Annual statistical returns and brief notes on vaccination in Bengal - 1887-1898
Year: 1887
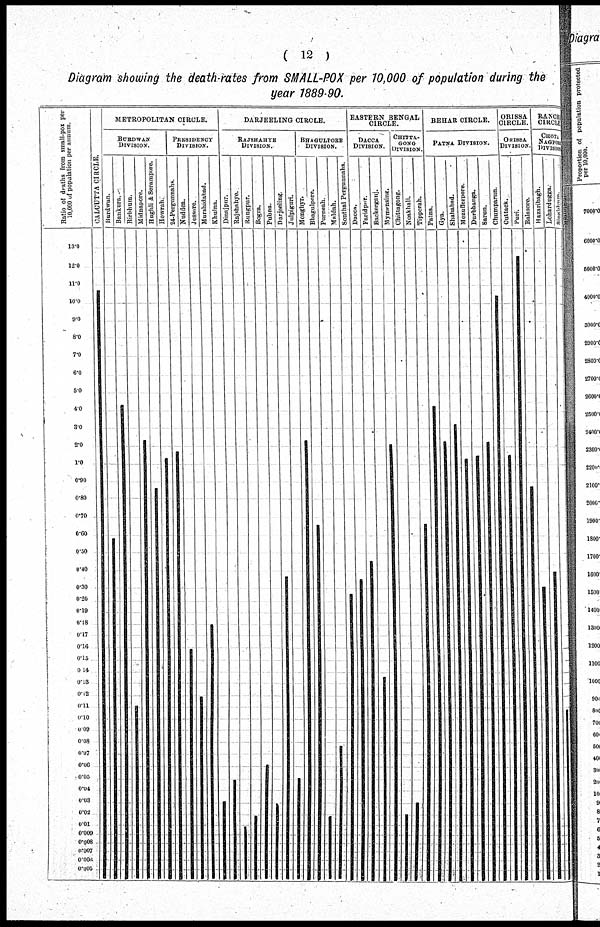
( 12 )
Diagram showing the death-rates from SMALL-POX per 10,000 of population during the
year 1889-90.